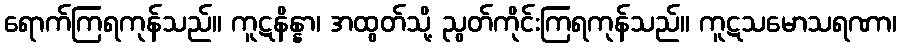
ရောက်ကြရကုန်သည်။ ကူဋနိန္နာ၊ အထွတ်သို့ ညွတ်ကိုင်းကြရကုန်သည်။ ကူဋသမောသရဏာ၊